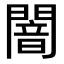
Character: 闇